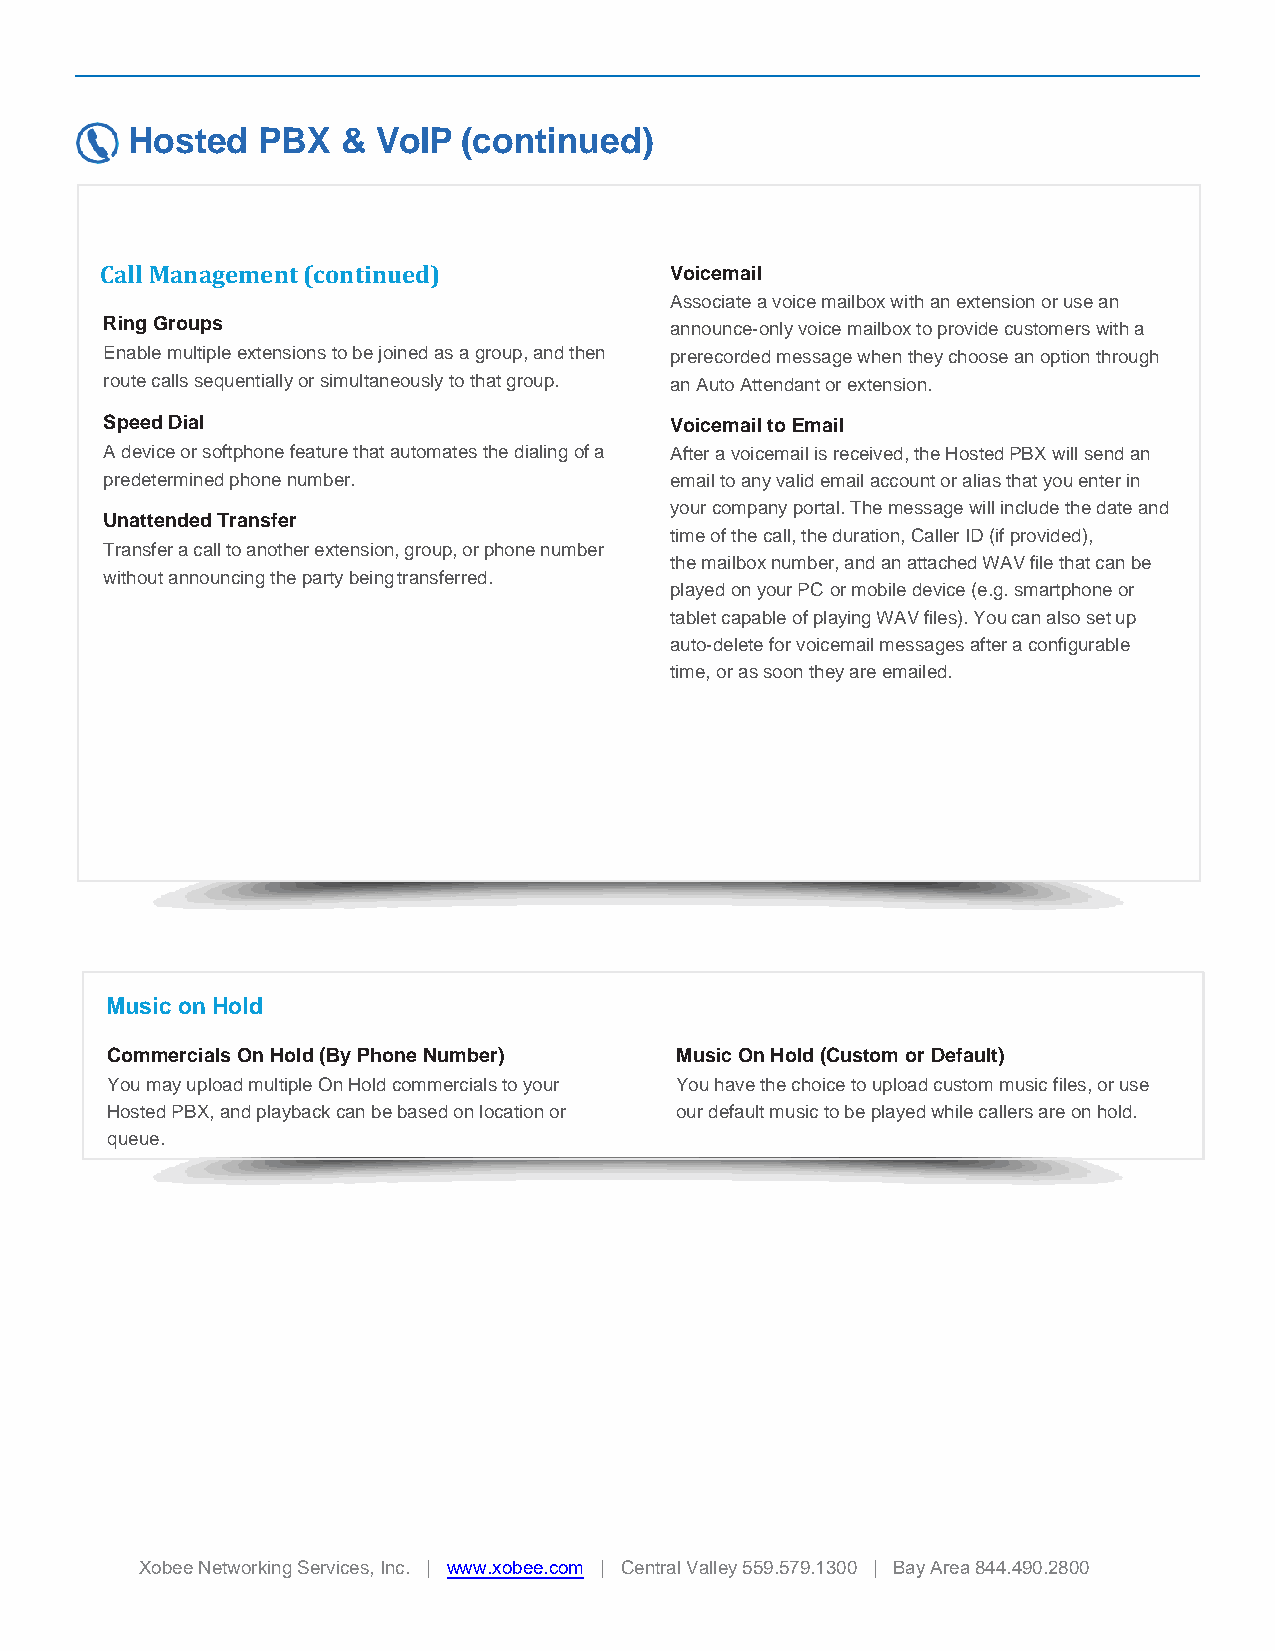
Hosted   PBX   & VoIP  (continued)
 Call Management (continued)          Voicemail
 Associate a voice mailbox with an extension or use an
 Ring Groups                          announce-only voice mailbox to provide customers with a
 Enable multiple extensions to be joined as a group, and then prerecorded message when they choose an option through
 route calls sequentially or simultaneously to that group. an Auto Attendant or extension.
 Speed Dial                           Voicemail to Email
 A device or softphone feature that automates the dialing of a After a voicemail is received, the Hosted PBX will send an
 predetermined phone number.          email to any valid email account or alias that you enter in
 your company portal. The message will include the date and
 Unattended Transfer
 time of the call, the duration, Caller ID (if provided),
 Transfer a call to another extension, group, or phone number
 the mailbox number, and an attached WAV file that can be
 without announcing the party being transferred.
 played on your PC or mobile device (e.g. smartphone or
 tablet capable of playing WAV files). You can also set up
 auto-delete for voicemail messages after a configurable
 time, or as soon they are emailed.
 Music on Hold
 Commercials On Hold (By Phone Number) Music On Hold (Custom or Default)
 You may upload multiple On Hold commercials to your You have the choice to upload custom music files, or use
 Hosted PBX, and playback can be based on location or our default music to be played while callers are on hold.
 queue.
 Xobee Networking Services, Inc. | www.xobee.com | Central Valley 559.579.1300 | Bay Area 844.490.2800